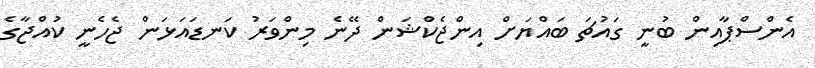
އެންސްޕާއިން ބުނީ ގައުޗަ ބައްޔަށް އިންޖެކްޝަން ދޭނެ މިންވަރު ކަނޑައަޅަން ޖެހެނީ ކުއްޖާގެ